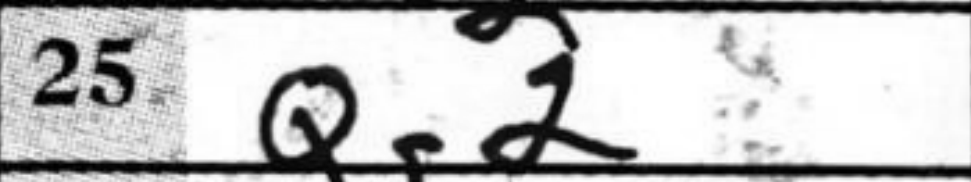
Transcription: Qg2